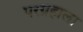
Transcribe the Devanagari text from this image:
परग्रहाला